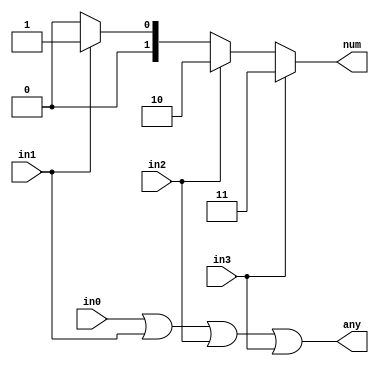
/*
 * Generated by Digiblock. Don't modify this file!
 * Any changes will be lost if this file is regenerated.
 */
module PriorityEncoder2 (
    input in0,
    input in1,
    input in2,
    input in3,
    output reg [1:0] num,
    output any
);
    always @ (*) begin
        if (in3 == 1'b1)
            num = 2'h3;
        else if (in2 == 1'b1)
            num = 2'h2;
        else if (in1 == 1'b1)
            num = 2'h1;
        else 
            num = 2'h0;
    end

    assign any = in0 | in1 | in2 | in3;
endmodule

module encoder1 (
  input D_0, // data bit 0.
  input D_1, // data bit 1.
  input D_2, // data bit 2.
  input D_3, // data bit 3.
  output a,
  output [1:0] y
);
  PriorityEncoder2 PriorityEncoder2_i0 (
    .in0( D_0 ),
    .in1( D_1 ),
    .in2( D_2 ),
    .in3( D_3 ),
    .num( y ),
    .any( a )
  );
endmodule